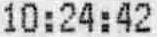
10:24:42